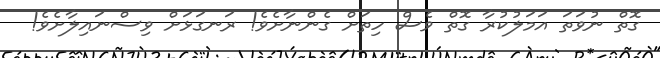
ގޮތް ނުވަތަ އަމަލުކުރާ ގޮތް ވެސް ހިތަށް ގެންނާށެވެ! ރަނގަޅަށް ވިސްނައިލާށެވެ!